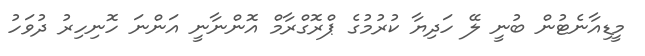
މީޑިއާނެޓުން ބުނީ ލޭ ހަދިޔާ ކުރުމުގެ ޕްރޮގްރާމް އޮންނާނީ އަންނަ ހޮނިހިރު ދުވަހު